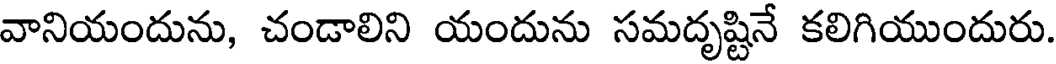
వానియందును, చండాలిని యందును సమదృష్టినే కలిగియుందురు.